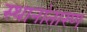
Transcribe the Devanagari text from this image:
स्थानांतारण